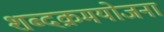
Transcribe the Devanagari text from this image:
शब्दक्रमयोजना